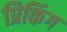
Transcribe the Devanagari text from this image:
प्रिकिंग